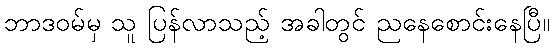
ဘာဒဝမ်မှ သူ ပြန်လာသည့် အခါတွင် ညနေစောင်းနေပြီ။